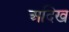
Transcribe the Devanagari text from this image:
अदिख